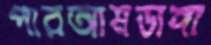
পারআমডাঙ্গা